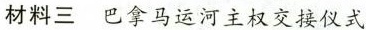
材料三巴拿马运河主权交接仪式